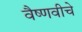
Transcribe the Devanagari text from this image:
वैष्णवीचे